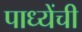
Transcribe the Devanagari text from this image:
पाध्येंची